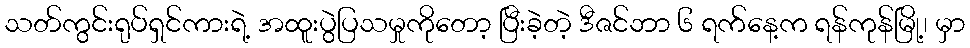
သတ်ကွင်းရုပ်ရှင်ကားရဲ့ အထူးပွဲပြသမှုကိုတော့ ပြီးခဲ့တဲ့ ဒီဇင်ဘာ ၆ ရက်နေ့က ရန်ကုန်မြို့၊ မှာ